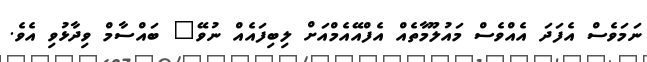
ނަމަވެސް އެފަދަ އެއްވެސް މައުލޫމާތެއް އެފްއޭއެމްއަށް ލިބިފައެއް ނުވޭ" ބައްސާމް ވިދާޅުވި އެވެ.